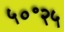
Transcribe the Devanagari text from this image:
५०॰२५